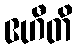
ဧဟီတိ